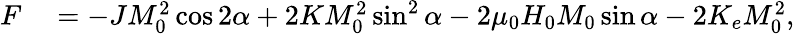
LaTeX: \begin{array}{rl}{F}&{{}=-JM_{0}^{2}\cos 2\alpha+2KM_{0}^{2}\sin^{2}\alpha-2\mu_{0}H_{0}M_{0}\sin\alpha-2K_{e}M_{0}^{2},}\end{array}